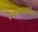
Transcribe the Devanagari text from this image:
एलबमअमेरिका